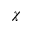
\chi